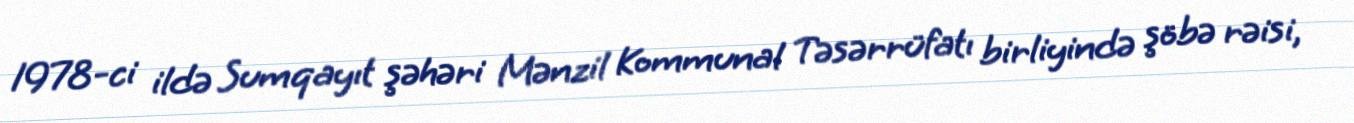
1978-ci ildə Sumqayıt şəhəri Mənzil Kommunal Təsərrüfatı birliyində şöbə rəisi,